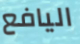
اليافع